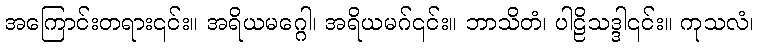
အကြောင်းတရား၎င်း။ အရိယမဂ္ဂေါ၊ အရိယမဂ်၎င်း။ ဘာသိတံ၊ ပါဠိသဒ္ဒါ၎င်း။ ကုသလံ၊